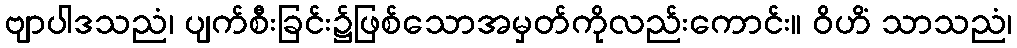
ဗျာပါဒသညံ၊ ပျက်စီးခြင်း၌ဖြစ်သောအမှတ်ကိုလည်းကောင်း။ ဝိဟိံ သာသညံ၊